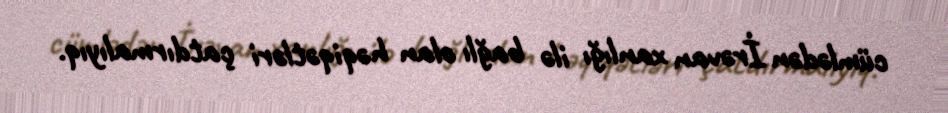
cümlədən İrəvan xanlığı ilə bağlı olan həqiqətləri çatdırmalıyıq.